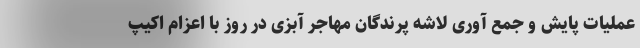
عملیات پایش و جمع آوری لاشه پرندگان مهاجر آبزی در روز با اعزام اکیپ